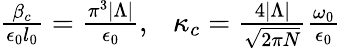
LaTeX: \begin{array}{r}{\frac{\beta_{c}}{\epsilon_{0}l_{0}}=\frac{\pi^{3}|\Lambda|}{\epsilon_{0}},\ \ \ \kappa_{c}=\frac{4|\Lambda|}{\sqrt{2\pi N}}\frac{\omega_{0}}{\epsilon_{0}}}\end{array}